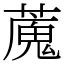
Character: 䕇